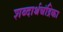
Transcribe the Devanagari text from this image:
शब्दार्थचंद्रिका